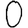
Digit: 0